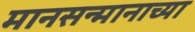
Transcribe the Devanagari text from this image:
मानसन्मानाच्या